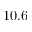
1 0 . 6